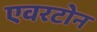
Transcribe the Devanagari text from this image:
एवरटोन